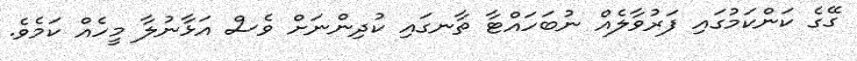
ގޭގެ ކަންކަމުގައި ފަރުވާލެއް ނުބަހައްޓާ ތާނގައި ކުދިންނަށް ވެސް އަޅާނުލާ މީހެއް ކަމެވެ.